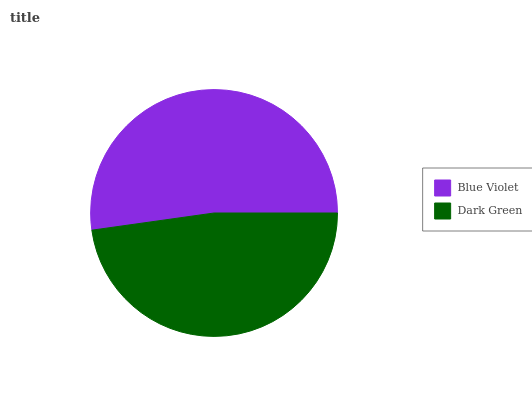
| Blue Violet | Dark Green |
 | --- | --- |
 | 52.2% | 47.8% |